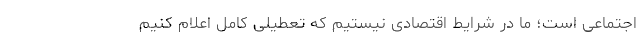
اجتماعی است؛ ما در شرایط اقتصادی نیستیم که تعطیلی کامل اعلام کنیم